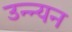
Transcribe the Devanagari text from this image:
उन्न्यन